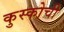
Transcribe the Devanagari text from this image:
कुस्कोची